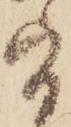
旨